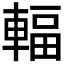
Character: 輻